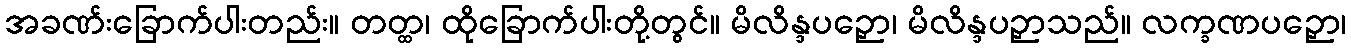
အခဏ်းခြောက်ပါးတည်း။ တတ္ထ၊ ထိုခြောက်ပါးတို့တွင်။ မိလိန္ဒပဉှော၊ မိလိန္ဒပဉှာသည်။ လက္ခဏပဉှော၊